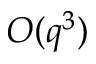
O ( q ^ { 3 } )